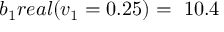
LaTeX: b _ { 1 } r e a l ( v _ { 1 } = 0 . 2 5 ) = \ 1 0 . 4